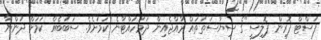
ފަސްޓް ފޮރިން ޕޮލިސީ"ގެ ސިޔާސަތުތައް ރާއްޖެއިން ދަމަހައްޓާނެ ކަމަށެވެ. ސަބަބެއް ކަމަށް ދުންޔާ